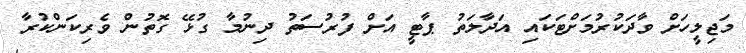
މަޖިލީހަށް ވާދަކުރުމަށްޓަކައި އަދާލަތު ޕާޓީ އަށް ފުރުސަތު ދިނުމާ ގުޅޭ ގޮތުން ވެރިކަންކުރާ